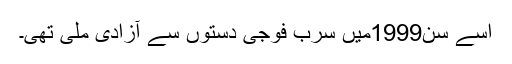
اُسے سن1999ميں سرب فوجی دستوں سے آزادی ملی تھی۔